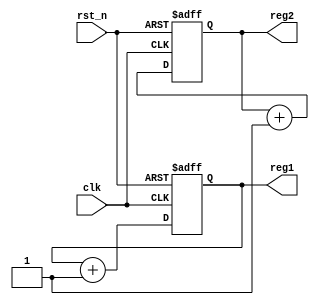
module ParameterFocusedInit #(
    parameter INIT_VALUE_1 = 8'h00,  // Default initial value for register 1
    parameter INIT_VALUE_2 = 16'h0000 // Default initial value for register 2
)(
    input wire clk,                   // Clock signal
    input wire rst_n,                // Active low reset signal
    output reg [7:0] reg1,           // Internal register 1
    output reg [15:0] reg2            // Internal register 2
);

    // Initialization block
    initial begin
        reg1 = INIT_VALUE_1;          // Initialize reg1 with INIT_VALUE_1
        reg2 = INIT_VALUE_2;          // Initialize reg2 with INIT_VALUE_2
    end

    // Reset condition
    always @(posedge clk or negedge rst_n) begin
        if (!rst_n) begin
            reg1 <= INIT_VALUE_1;      // Reset reg1 to INIT_VALUE_1
            reg2 <= INIT_VALUE_2;      // Reset reg2 to INIT_VALUE_2
        end
        else begin
            // Core functionality can be implemented here
            // For example, simple increment logic
            reg1 <= reg1 + 1;           // Increment reg1 on each clock cycle
            reg2 <= reg2 + 1;           // Increment reg2 on each clock cycle
        end
    end

endmodule